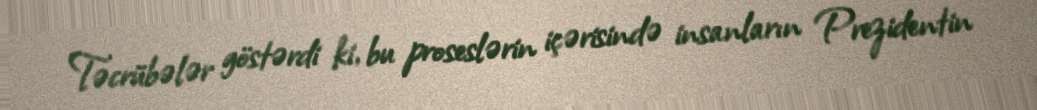
Təcrübələr göstərdi ki, bu proseslərin içərisində insanların Prezidentin